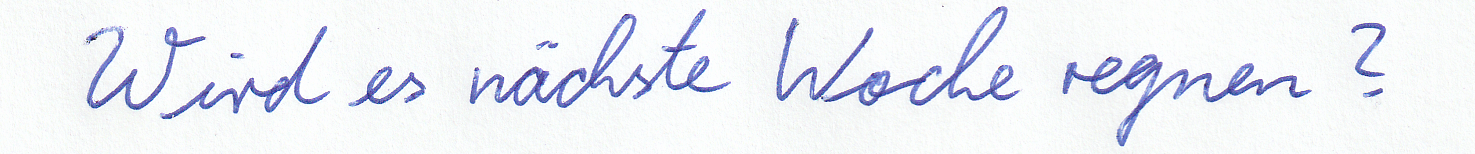
Wird es nächste Woche regnen?